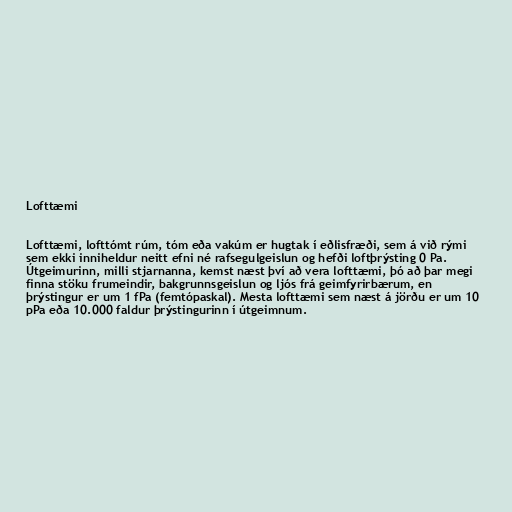
Lofttæmi

Lofttæmi, lofttómt rúm, tóm eða vakúm er hugtak í eðlisfræði, sem á við rými
sem ekki inniheldur neitt efni né rafsegulgeislun og hefði loftþrýsting 0 Pa.
Útgeimurinn, milli stjarnanna, kemst næst því að vera lofttæmi, þó að þar megi
finna stöku frumeindir, bakgrunnsgeislun og ljós frá geimfyrirbærum, en
þrýstingur er um 1 fPa (femtópaskal). Mesta lofttæmi sem næst á jörðu er um 10
pPa eða 10.000 faldur þrýstingurinn í útgeimnum.